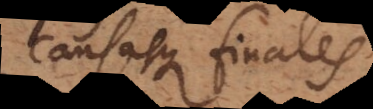
causasque finales